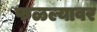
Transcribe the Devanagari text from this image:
फळल्यावर